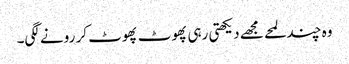
وہ چند لمحے مجھے دیکھتی رہی پھوٹ پھوٹ کر رونے لگی۔